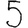
Digit: 5